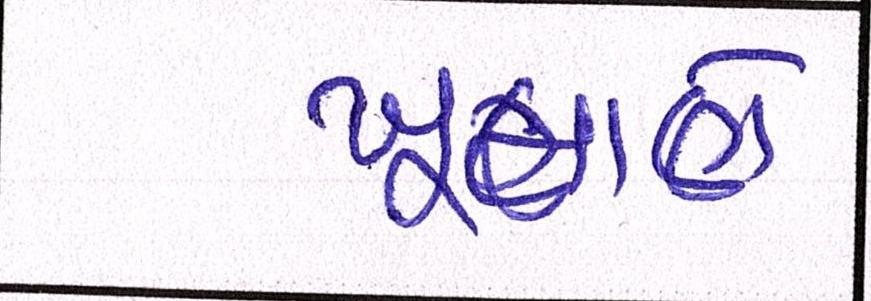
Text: ખૂમાણે